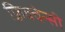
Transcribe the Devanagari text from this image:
फ़्रिक्वेन्सी